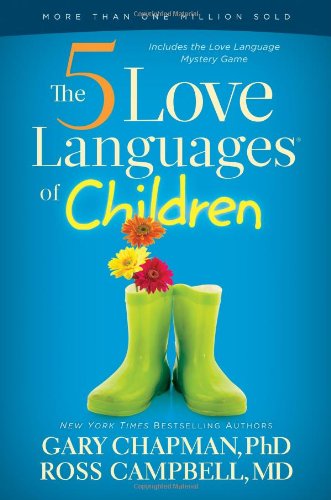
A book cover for The 5 Love Languages of Children; Gary D Chapman; Parenting & Relationships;